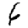
Digit: 6